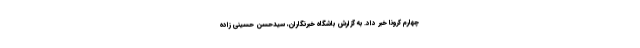
چهارم کرونا خبر داد‌. به گزارش باشگاه خبرنگاران، سیدحسن حسینی زاده